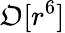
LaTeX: \mathfrak{O}[r^{6}]